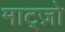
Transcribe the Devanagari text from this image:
माट्ज़ो